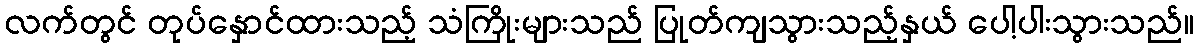
လက်တွင် တုပ်နှောင်ထားသည့် သံကြိုးများသည် ပြုတ်ကျသွားသည့်နှယ် ပေါ့ပါးသွားသည်။